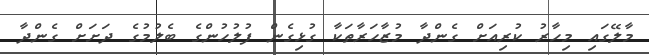
މާލޭގައި މިހާރު ކުރިއަށް ގެންދާ މުޒާހަރާތަކާ ގުޅިގެން ފުލުހުންގެ ބެލުމުގެ ދަށަށް ގެންދާ